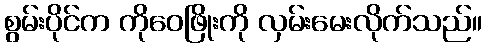
စွမ်းပိုင်က ကိုဝေဖြိုးကို လှမ်းမေးလိုက်သည်။